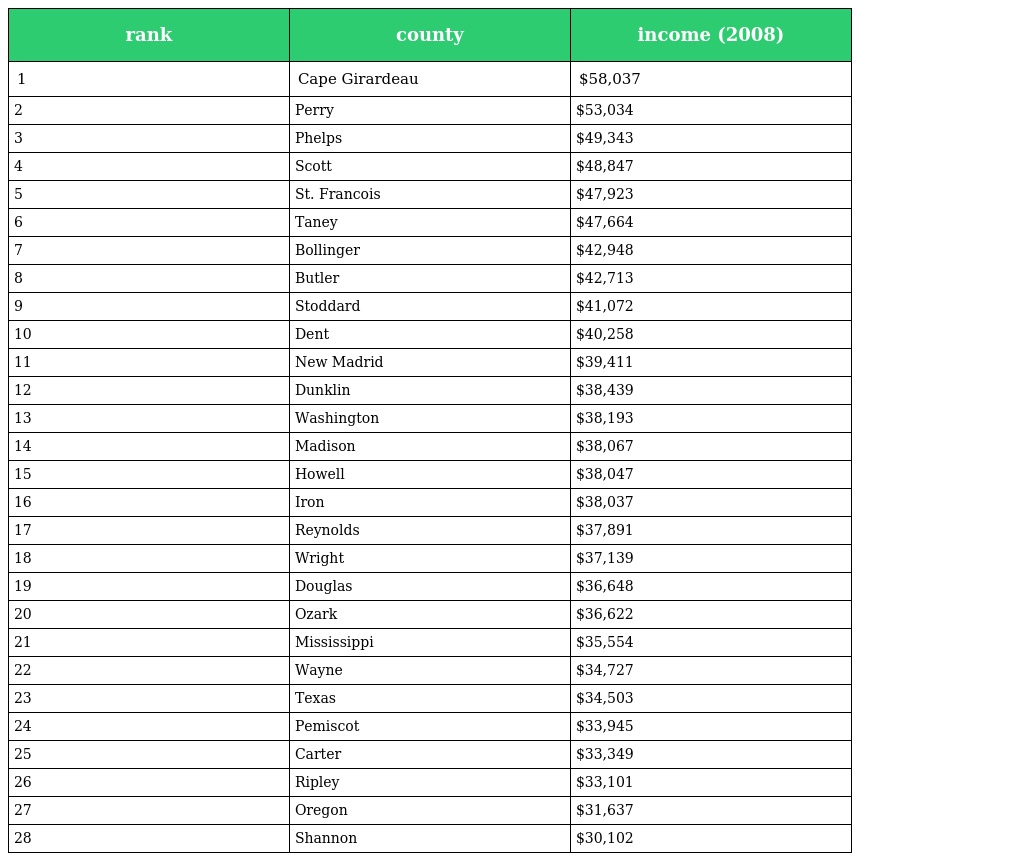
| rank | county | income (2008) |
 | --- | --- | --- |
 | 1 | Cape Girardeau | $58,037 |
 | 2 | Perry | $53,034 |
 | 3 | Phelps | $49,343 |
 | 4 | Scott | $48,847 |
 | 5 | St. Francois | $47,923 |
 | 6 | Taney | $47,664 |
 | 7 | Bollinger | $42,948 |
 | 8 | Butler | $42,713 |
 | 9 | Stoddard | $41,072 |
 | 10 | Dent | $40,258 |
 | 11 | New Madrid | $39,411 |
 | 12 | Dunklin | $38,439 |
 | 13 | Washington | $38,193 |
 | 14 | Madison | $38,067 |
 | 15 | Howell | $38,047 |
 | 16 | Iron | $38,037 |
 | 17 | Reynolds | $37,891 |
 | 18 | Wright | $37,139 |
 | 19 | Douglas | $36,648 |
 | 20 | Ozark | $36,622 |
 | 21 | Mississippi | $35,554 |
 | 22 | Wayne | $34,727 |
 | 23 | Texas | $34,503 |
 | 24 | Pemiscot | $33,945 |
 | 25 | Carter | $33,349 |
 | 26 | Ripley | $33,101 |
 | 27 | Oregon | $31,637 |
 | 28 | Shannon | $30,102 |